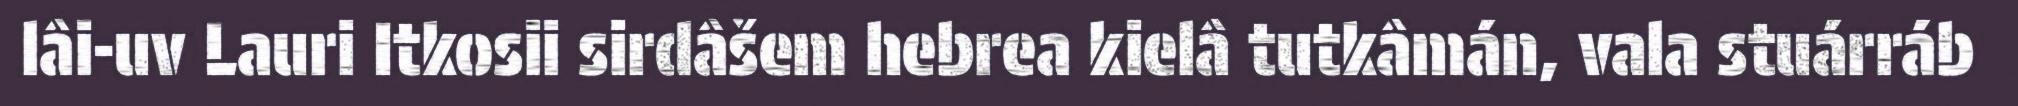
lâi-uv Lauri Itkosii sirdâšem hebrea kielâ tutkâmán, vala stuárráb